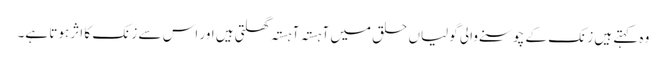
وہ کہتے ہیں زنک کے چوسنے والی گولیاں حلق میں آہستہ آہستہ گھلتی ہیں اور اس سے زنک کا اثر ہوتا ہے۔